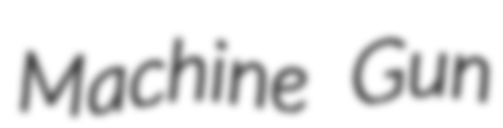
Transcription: Machine Gun